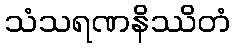
သံသရဏနိဿိတံ